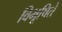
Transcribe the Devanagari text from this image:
विभूषिते